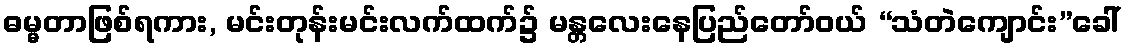
ဓမ္မတာဖြစ်ရကား, မင်းတုန်းမင်းလက်ထက်၌ မန္တလေးနေပြည်တော်ဝယ် “သံတဲကျောင်း”ခေါ်